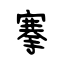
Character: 搴